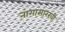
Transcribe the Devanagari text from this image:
नागासारखी